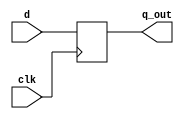
/*--==========================================================================--*/
//--================================ VERILOG ===================================--
//--============================================================================--
//--                                                                            --
//-- FILE NAME: flip_flop.v                                                     --
//--                                                                            --
//-- DATE: 9/10/2012                                                            --
//--                                                                            --
//-- DESIGNER: Samir Silbak                                                     --
//--           silbak04@gmail.com                                               --
//--                                                                            --
//-- DESCRIPTION: d flip flop                                                   --
//--                                                                            --
//--============================================================================--
//--================================ VERILOG ===================================--
/*--===========================================================================--*/

module flip_flop (
    input clk, d,
    output reg q_out
);
    
    always @ (posedge clk) 
        q_out <= d;

endmodule